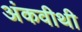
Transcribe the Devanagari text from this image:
अंकवीथी